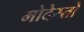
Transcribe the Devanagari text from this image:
मोदेस्तो